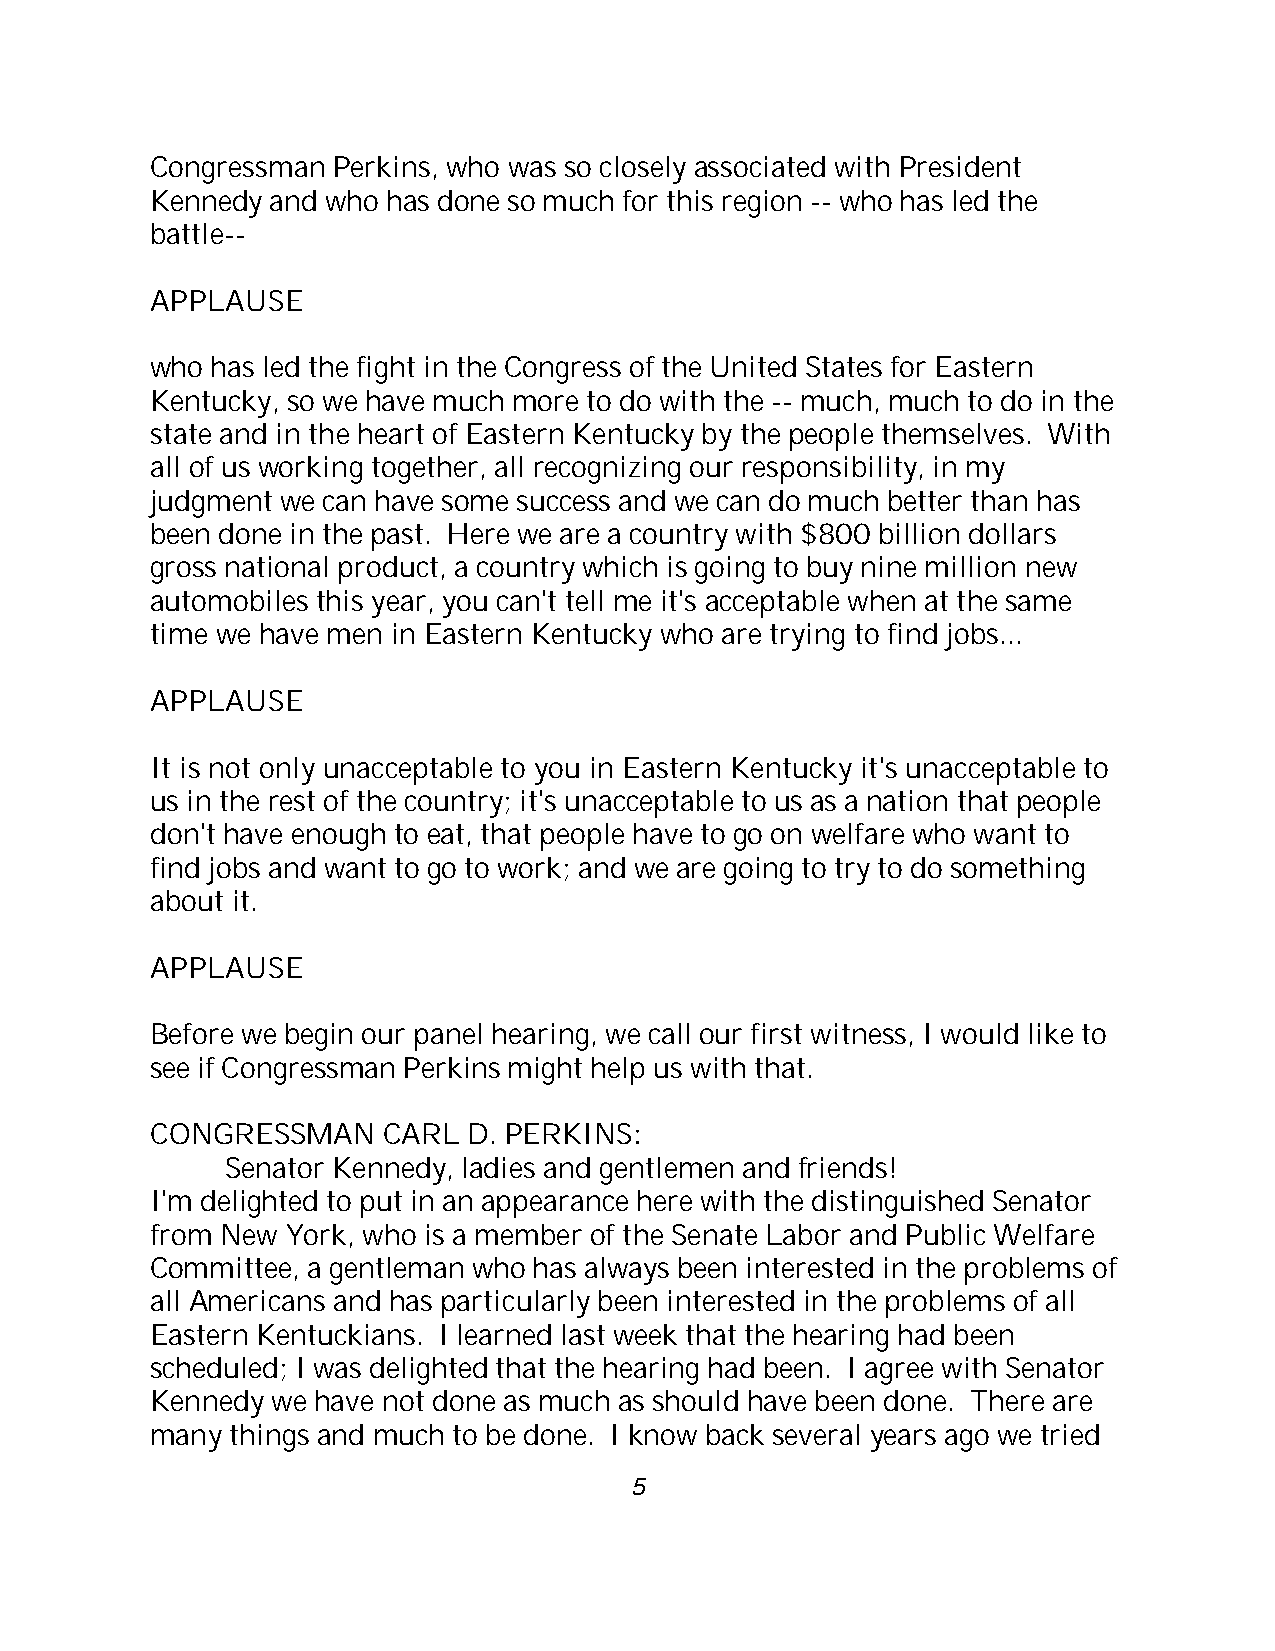
Congressman Perkins, who was so closely associated with President
 Kennedy and who has done so much for this region -- who has led the
 battle--
 APPLAUSE
 who has led the fight in the Congress of the United States for Eastern
 Kentucky, so we have much more to do with the -- much, much to do in the
 state and in the heart of Eastern Kentucky by the people themselves. With
 all of us working together, all recognizing our responsibility, in my
 judgment we can have some success and we can do much better than has
 been done in the past. Here we are a country with $800 billion dollars
 gross national product, a country which is going to buy nine million new
 automobiles this year, you can't tell me it's acceptable when at the same
 time we have men in Eastern Kentucky who are trying to find jobs...
 APPLAUSE
 It is not only unacceptable to you in Eastern Kentucky it's unacceptable to
 us in the rest of the country; it's unacceptable to us as a nation that people
 don't have enough to eat, that people have to go on welfare who want to
 find jobs and want to go to work; and we are going to try to do something
 about it.
 APPLAUSE
 Before we begin our panel hearing, we call our first witness, I would like to
 see if Congressman Perkins might help us with that.
 CONGRESSMAN    CARL  D. PERKINS:
 Senator Kennedy, ladies and gentlemen and friends!
 I'm delighted to put in an appearance here with the distinguished Senator
 from New York, who is a member of the Senate Labor and Public Welfare
 Committee, a gentleman who has always been interested in the problems of
 all Americans and has particularly been interested in the problems of all
 Eastern Kentuckians. I learned last week that the hearing had been
 scheduled; I was delighted that the hearing had been. I agree with Senator
 Kennedy we have not done as much as should have been done. There are
 many things and much to be done. I know back several years ago we tried
 5